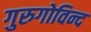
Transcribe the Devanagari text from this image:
गुरुगोविन्द